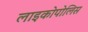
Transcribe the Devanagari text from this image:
लाइकोपोलिस